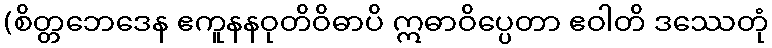
(စိတ္တဘေဒေန ဧကူနနဝုတိဝိဓာပိ ဣဓာဝိပ္ပေတာ ဧဝါတိ ဒဿေတုံ